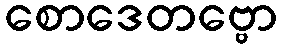
စောဒေတဗ္ဗော